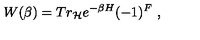
W ( \beta ) = T r _ { \cal H } e ^ { - \beta H } ( - 1 ) ^ { F } \ ,